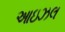
આઇઝલ